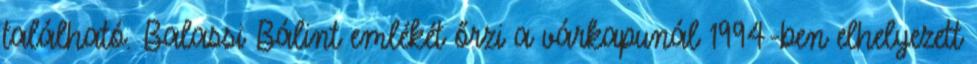
található. Balassi Bálint emlékét őrzi a várkapunál 1994-ben elhelyezett